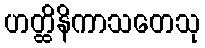
ဟတ္ထိနိကာသတေသု